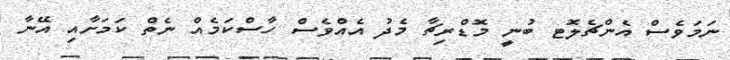
ނަމަވެސް އެންޗެލޮޓ ބުނީ މޮޑްރިޗާ މެދު އެއްވެސް ހާސްކަމެއް ނެތް ކަމަށާއި އޭނާ